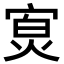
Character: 𪧖